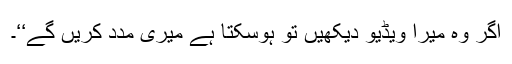
اگر وہ میرا ویڈیو دیکھیں تو ہوسکتا ہے میری مدد کریں گے‘‘۔